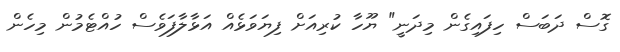
ގޮސް ދަބަސް ހިފައިގެން މިދަނީ" ޔޫހާ ކުރިއަށް ފިޔަވަޅެއް އަޅާލާފަވެސް ހުއްޓެމުން މިހެން